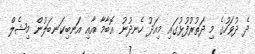
ދެ ދުވަހުގެ މި ދަތުރުފުޅުގައި މިއަދު ހެނދުނު އޮބާމާ އާއި އަނބިކަނބަލުން މިޝެލް